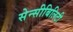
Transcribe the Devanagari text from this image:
सेन्सीबिलिटी